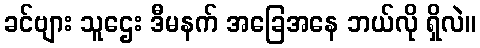
ခင်ဗျား သူဌေး ဒီမနက် အခြေအနေ ဘယ်လို ရှိလဲ။